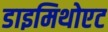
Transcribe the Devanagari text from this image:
डाइमिथोएट